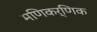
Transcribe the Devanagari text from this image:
मणिकर्णिक